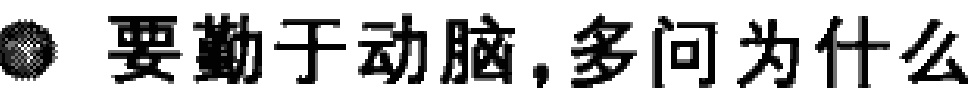
要勤于动脑,多问为什么